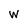
Character: w